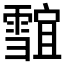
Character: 𱁣